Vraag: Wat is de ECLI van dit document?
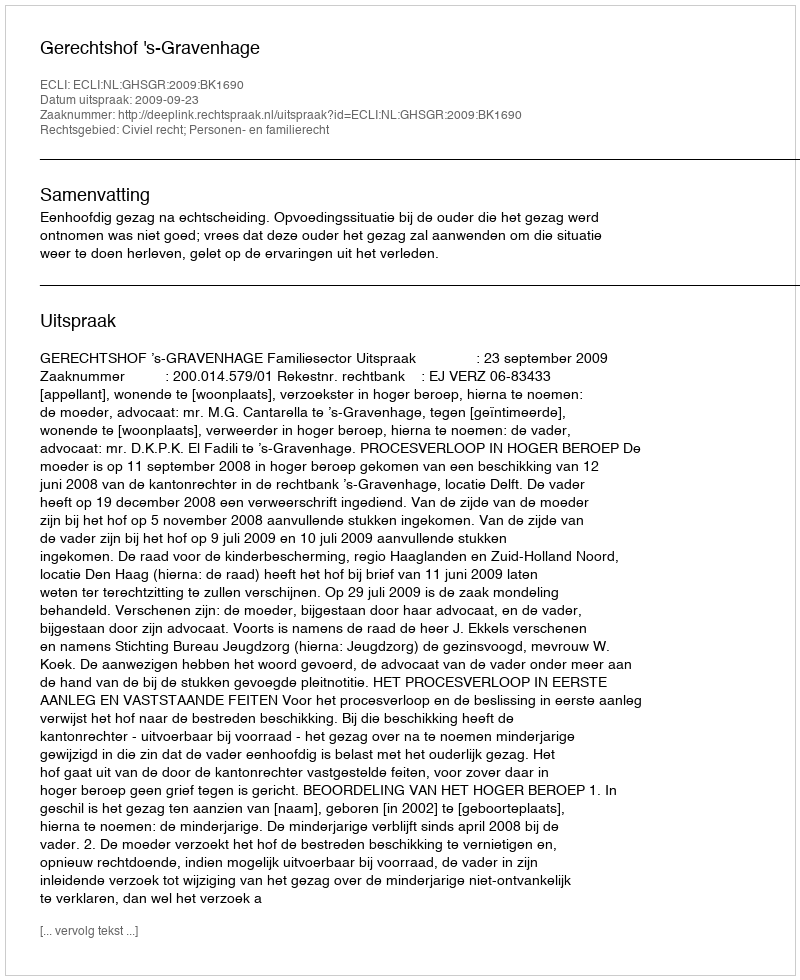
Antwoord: ECLI:NL:GHSGR:2009:BK1690